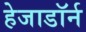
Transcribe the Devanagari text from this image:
हेजाडॉर्न